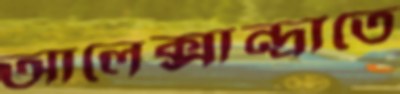
আলেক্সান্দ্রাতে